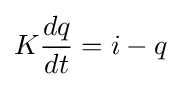
K{dq \over dt}=i-q